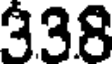
338